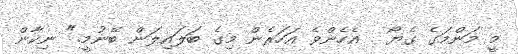
މީ މަންމަގެ ގެޔޯ . އެހެންވެ އަހަރެން މިގެ ބަލައިލަން ބޭނުމީ." ނިކާން